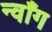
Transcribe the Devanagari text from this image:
न्वाँग